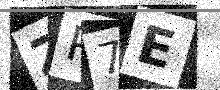
Text: ZP7E